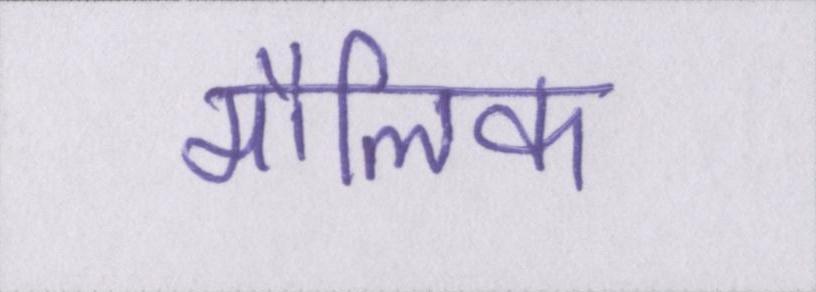
मौलिक